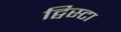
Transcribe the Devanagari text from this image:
ट्विस्टा